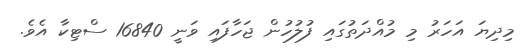
މިދިޔަ އަހަރު މި މުއްދަތުގައި ފުލުހުން ޖަހާފައި ވަނީ 16840 ސްޓިކާ އެެވެ.